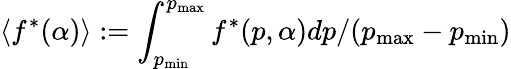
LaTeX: \langle f^{*}(\alpha)\rangle:=\int_{p_{\operatorname*{min}}}^{p_{\operatorname*{max}}}f^{*}(p,\alpha)dp/(p_{\operatorname*{max}}-p_{\operatorname*{min}})